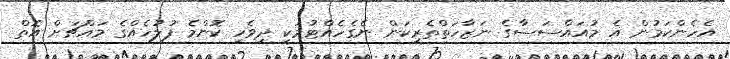
އެހެންކަމުން އެ މުއައްސަސާގެ ނަޒާހަތްތެރިކަން ނެގެހެއްޓުމަކީ ދިވެހި ކޮންމެ ފުލުހެއްގެ މައްޗަށް އޮތް